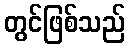
တွင်ဖြစ်သည်